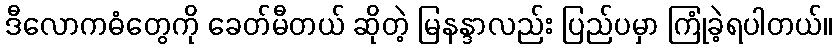
ဒီလောကဓံတွေကို ခေတ်မီတယ် ဆိုတဲ့ မြနန္ဒာလည်း ပြည်ပမှာ ကြုံခဲ့ရပါတယ်။